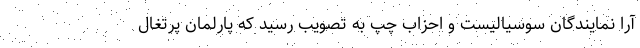
آرا نمایندگان سوسیالیست و احزاب چپ به تصویب رسید که پارلمان پرتغال